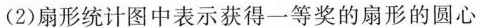
(2)扇形统计图中表示获得一等奖的扇形的圆心